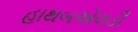
હાથબએલડી